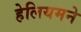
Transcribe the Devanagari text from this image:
हेलियमने